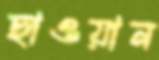
ছাওয়ান